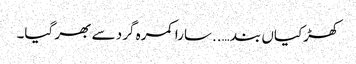
کھڑکیاں بند …..سارا کمرہ گرد سے بھر گیا۔